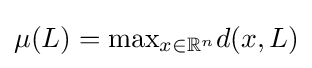
{\textstyle \mu (L)={\text{max}}_{x\in \mathbb {R} ^{n}}d(x,L)}